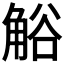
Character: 𧣳